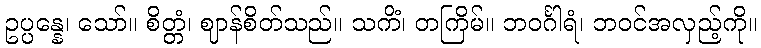
ဥပ္ပန္နေ၊ သော်။ စိတ္တံ၊ ဈာန်စိတ်သည်။ သကိံ၊ တကြိမ်။ ဘဝင်္ဂါရံ၊ ဘဝင်အလှည့်ကို။